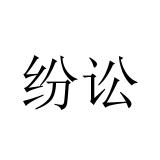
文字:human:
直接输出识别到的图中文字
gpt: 纷讼